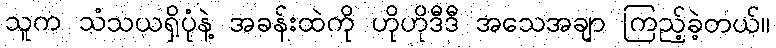
သူက သံသယရှိပုံနဲ့ အခန်းထဲကို ဟိုဟိုဒီဒီ အသေအချာ ကြည့်ခဲ့တယ်။